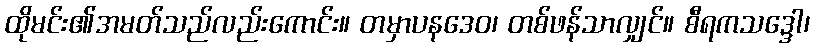
ထိုမင်း၏အမတ်သည်လည်းကောင်း။ တမှာပနဒေဝ၊ တစ်ဖန်သာလျှင်။ စီရကသဒ္ဒေါ၊